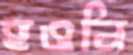
হওনি